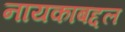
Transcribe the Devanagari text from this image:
नायकाबद्दल